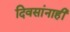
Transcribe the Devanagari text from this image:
दिवसांनाही